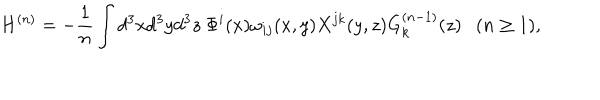
H ^ { ( n ) } = - \frac { 1 } { n } \int d ^ { 3 } x d ^ { 3 } y d ^ { 3 } z ~ \Phi ^ { i } ( x ) \omega _ { i j } ( x , y ) X ^ { j k } ( y , z ) G _ { k } ^ { ( n - 1 ) } ( z ) ( n \geq 1 ) ,